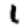
Digit: 1